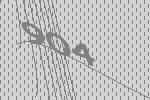
904